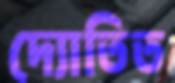
দ্যোতিত